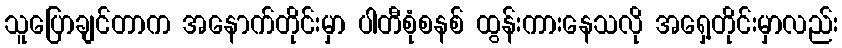
သူပြောချင်တာက အနောက်တိုင်းမှာ ပါတီစုံစနစ် ထွန်းကားနေသလို အရှေ့တိုင်းမှာလည်း